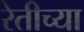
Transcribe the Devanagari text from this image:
रेतीच्या